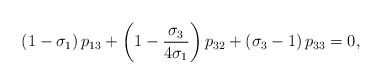
\begin{align*}\left( 1-\sigma_{1}\right) p_{13}+\left( 1-\frac{\sigma_{3}}{4\sigma_{1}}\right) p_{32}+\left( \sigma_{3}-1\right) p_{33}=0,\end{align*}